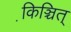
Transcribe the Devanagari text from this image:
कि़ञ्चित्